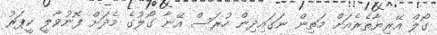
ގޯލް އޭރިޔާތެރެއަށް މަތިން ނަގައިދިން ހުރަސް އޭނާ ގޯލުގެ މެދަށް ފޮނުވާލީ ކީޕަރު